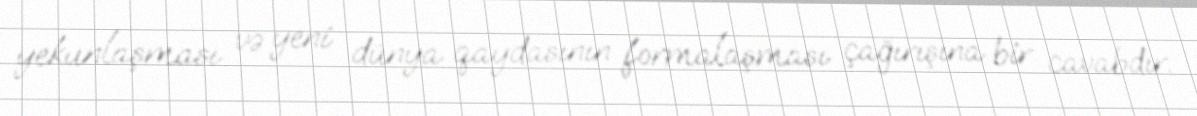
yekunlaşması və yeni dünya qaydasının formalaşması çağırışına bir cavabdır.